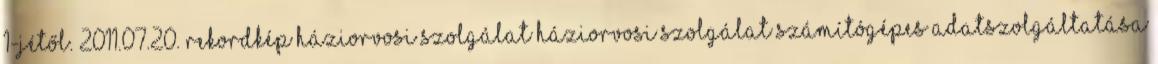
1-jétől. 2011.07.20. Rekordkép Háziorvosi szolgálat Háziorvosi szolgálat számítógépes adatszolgáltatása